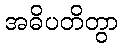
အဓိပတိတွာ